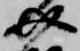
介